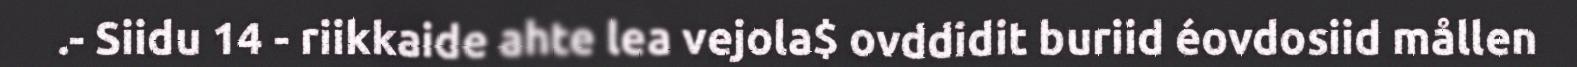
.- Siidu 14 - riikkaide ahte lea vejola$ ovddidit buriid éovdosiid mållen